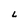
Character: L